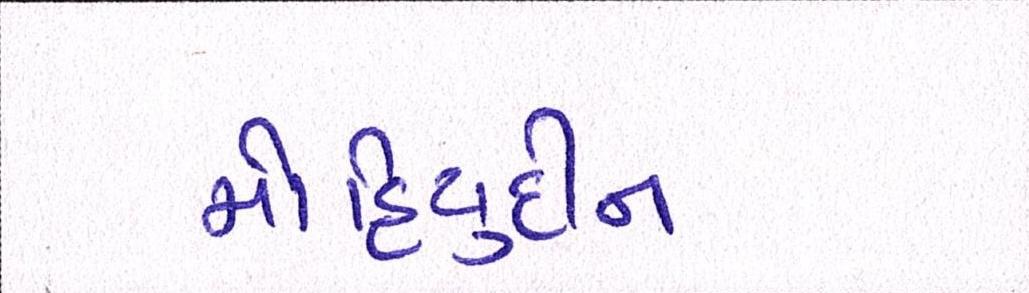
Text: મોહિયુદ્દીન